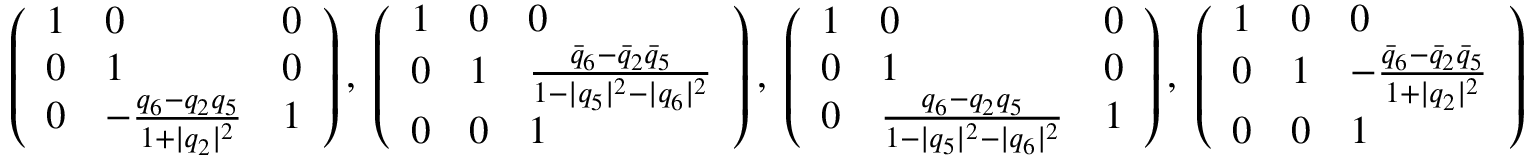
\begin{array} { r } { \left( \begin{array} { l l l } { 1 } & { 0 } & { 0 } \\ { 0 } & { 1 } & { 0 } \\ { 0 } & { - \frac { q _ { 6 } - q _ { 2 } q _ { 5 } } { 1 + | q _ { 2 } | ^ { 2 } } } & { 1 } \end{array} \right) , \; \left( \begin{array} { l l l } { 1 } & { 0 } & { 0 } \\ { 0 } & { 1 } & { \frac { \bar { q } _ { 6 } - \bar { q } _ { 2 } \bar { q } _ { 5 } } { 1 - | q _ { 5 } | ^ { 2 } - | q _ { 6 } | ^ { 2 } } } \\ { 0 } & { 0 } & { 1 } \end{array} \right) , \; \left( \begin{array} { l l l } { 1 } & { 0 } & { 0 } \\ { 0 } & { 1 } & { 0 } \\ { 0 } & { \frac { q _ { 6 } - q _ { 2 } q _ { 5 } } { 1 - | q _ { 5 } | ^ { 2 } - | q _ { 6 } | ^ { 2 } } } & { 1 } \end{array} \right) , \; \left( \begin{array} { l l l } { 1 } & { 0 } & { 0 } \\ { 0 } & { 1 } & { - \frac { \bar { q } _ { 6 } - \bar { q } _ { 2 } \bar { q } _ { 5 } } { 1 + | q _ { 2 } | ^ { 2 } } } \\ { 0 } & { 0 } & { 1 } \end{array} \right) } \end{array}